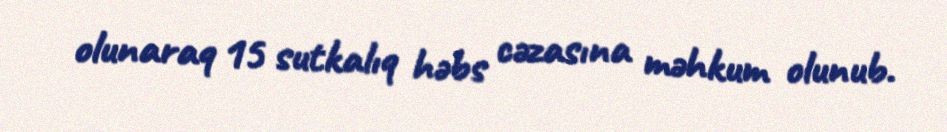
olunaraq 15 sutkalıq həbs cəzasına məhkum olunub.